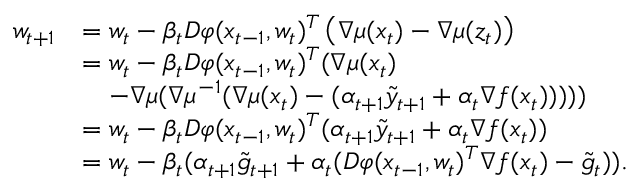
\begin{array} { r l } { w _ { t + 1 } } & { = w _ { t } - \beta _ { t } D \varphi ( x _ { t - 1 } , w _ { t } ) ^ { T } \left( \nabla \mu ( x _ { t } ) - \nabla \mu ( z _ { t } ) \right) } \\ & { = w _ { t } - \beta _ { t } D \varphi ( x _ { t - 1 } , w _ { t } ) ^ { T } ( \nabla \mu ( x _ { t } ) } \\ & { \quad - \nabla \mu ( \nabla \mu ^ { - 1 } ( \nabla \mu ( x _ { t } ) - ( \alpha _ { t + 1 } \tilde { y } _ { t + 1 } + \alpha _ { t } \nabla f ( x _ { t } ) ) ) ) ) } \\ & { = w _ { t } - \beta _ { t } D \varphi ( x _ { t - 1 } , w _ { t } ) ^ { T } ( \alpha _ { t + 1 } \tilde { y } _ { t + 1 } + \alpha _ { t } \nabla f ( x _ { t } ) ) } \\ & { = w _ { t } - \beta _ { t } ( \alpha _ { t + 1 } \tilde { g } _ { t + 1 } + \alpha _ { t } ( D \varphi ( x _ { t - 1 } , w _ { t } ) ^ { T } \nabla f ( x _ { t } ) - \tilde { g } _ { t } ) ) . } \end{array}